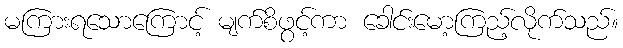
မကြားရသောကြောင့် မျက်စိဖွင့်ကာ ခေါင်းမော့ကြည့်လိုက်သည်။